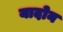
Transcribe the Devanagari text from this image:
यादोन